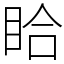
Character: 䀫